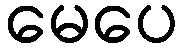
မေပေ